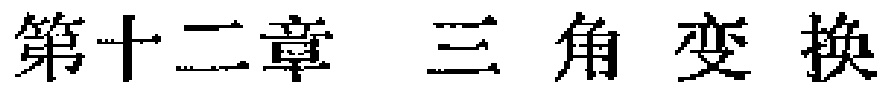
第十二章 三角变换